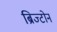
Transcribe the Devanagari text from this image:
ब्रिज्टोन